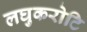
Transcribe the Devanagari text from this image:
लघुकरोटि